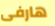
هارفى